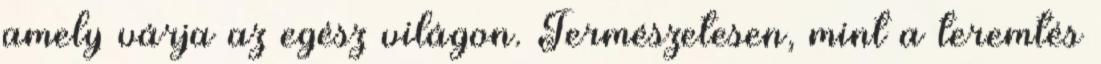
amely várja az egész világon. Természetesen, mint a teremtés